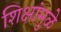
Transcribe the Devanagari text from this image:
शिक्षांमुळे